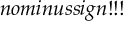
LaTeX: n o m i n u s s i g n ! ! !